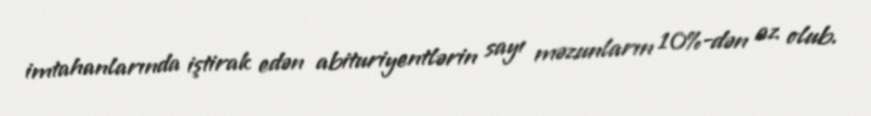
imtahanlarında iştirak edən abituriyentlərin sayı məzunların 10%-dən az olub.